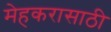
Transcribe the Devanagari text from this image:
मेहकरासाठी